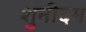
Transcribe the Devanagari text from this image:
शुनीदम